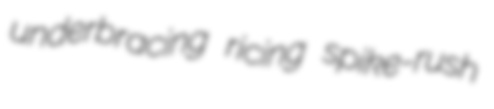
underbracing ricing spike-rush